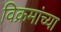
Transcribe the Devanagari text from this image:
विक्रमांच्या